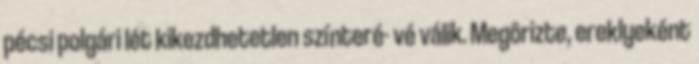
pécsi polgári lét kikezdhetetlen színteré- vé válik. Megôrizte, ereklyeként